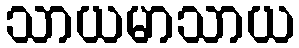
သာယမာသာယ